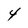
Character: 4